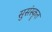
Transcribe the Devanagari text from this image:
सुसंस्कॄत